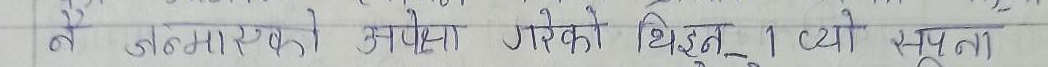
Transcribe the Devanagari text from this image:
ने जलमा परेको थिइन्। त्यो स्वतन्त्रता